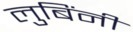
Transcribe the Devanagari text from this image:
लुबिंनी